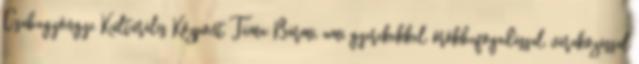
Csabagyöngye Kulturális Központ. Téma: Bármi, ami gyerekekkel, örökbefogadással, várakozással